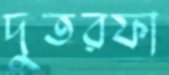
দুতরফা